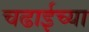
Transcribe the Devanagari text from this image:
चढाईच्या